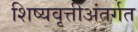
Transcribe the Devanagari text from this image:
शिष्यवृत्तीअंतर्गत